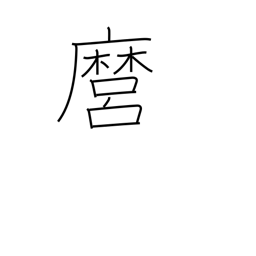
Meaning: you